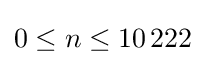
0\leq n\leq 10\,222